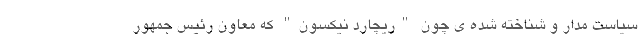
سیاست مدار و شناخته شده ی چون "ریچارد نیکسون" که معاون رئیس جمهور